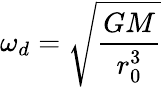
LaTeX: \omega_{d}=\sqrt{\frac{GM}{r_{0}^{3}}}